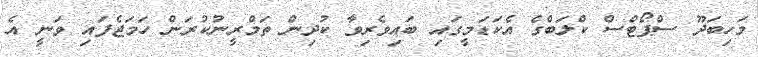
މަހިބަދޫ ސްޕޯޓްސް ކްލަބްގެ އެކަޑަމީގައި ބައިވެރިވާ ކުދިން ތަމްރީނުކުރަން ހަމަޖެފައި ވަނީ އެ